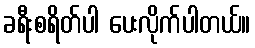
ခရီးစရိတ်ပါ ပေးလိုက်ပါတယ်။